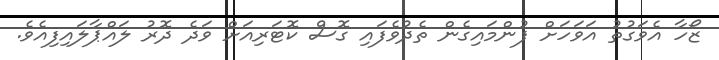
ޒޯހާ އެވަގުތު އަވަހަށް ފުންމައިގެން ތެދުވެފައި ގޮސް ކޮޓަރިއަށް ވަދެ ދޮރު ލައްޕާލައިފިއެވެ.